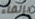
بإلقاء